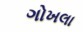
ગોખલા